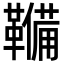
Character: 𮧫